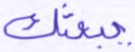
يبعثك